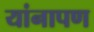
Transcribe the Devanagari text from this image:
यांनापण